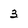
Character: 3